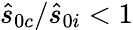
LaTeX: \hat{s}_{0c}/\hat{s}_{0i}<1